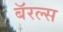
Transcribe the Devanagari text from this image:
बॅरल्स